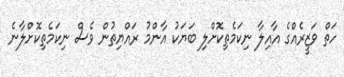
ހަތް ވަޒީރެއްގެ އާއިލާ ނިކަމެތިކޮށްލި ބަޔަކު އާންމު ރައްޔިތުން ވެސް ނިކަމެތިކޮށްލާނެ